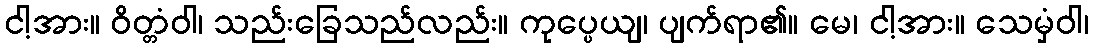
ငါ့အား။ ဝိတ္တံဝါ၊ သည်းခြေသည်လည်း။ ကုပ္ပေယျ၊ ပျက်ရာ၏။ မေ၊ ငါ့အား။ သေမှံဝါ၊